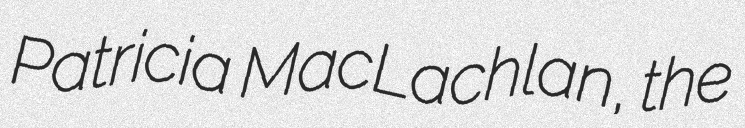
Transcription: Patricia MacLachlan, the